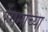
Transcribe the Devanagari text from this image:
रेंगमाच्या